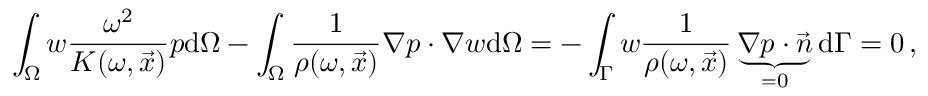
\int _ { \Omega } w \frac { \omega ^ { 2 } } { K ( \omega , \vec { x } ) } p \mathrm { d } \Omega - \int _ { \Omega } \frac { 1 } { \rho ( \omega , \vec { x } ) } \nabla p \cdot \nabla w \mathrm { d } \Omega = - \int _ { \Gamma } w \frac { 1 } { \rho ( \omega , \vec { x } ) } \underbrace { \nabla p \cdot \vec { n } } _ { \mathrm { = 0 } } \mathrm { d } \Gamma = 0 \, ,